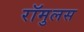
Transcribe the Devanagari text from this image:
रॉमुलस